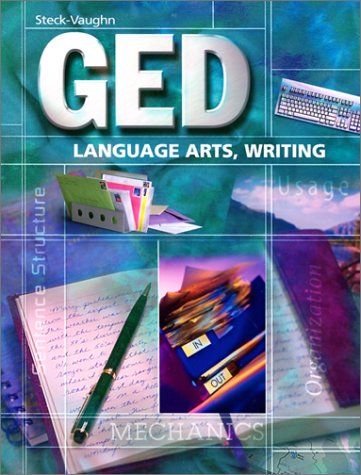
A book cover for Steck-Vaughn GED: Student Edition Language Arts, Writing; STECK-VAUGHN; Test Preparation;